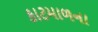
કાટમાળના